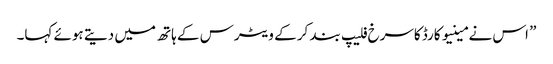
” اس نے مینیو کارڈ کاسرخ فلیپ بند کر کے ویٹرس کے ہاتھ میں دیتے ہوئے کہا۔